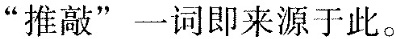
“推敲”一词即来源于此。